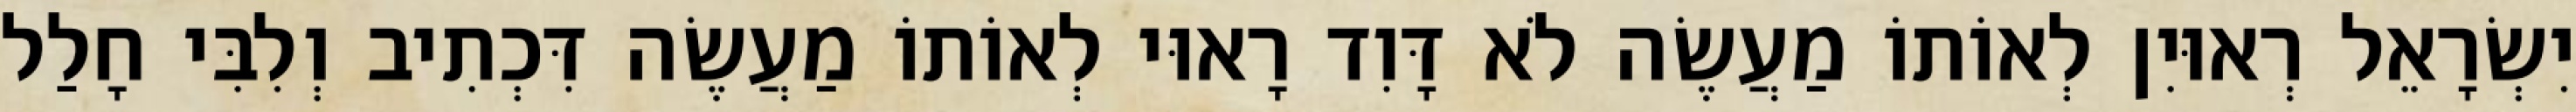
יִשְׂרָאֵל רְאוּיִן לְאוֹתוֹ מַעֲשֶׂה לֹא דָּוִד רָאוּי לְאוֹתוֹ מַעֲשֶׂה דִּכְתִיב וְלִבִּי חָלַל